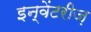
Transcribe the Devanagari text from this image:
इन्वेंटरीज़